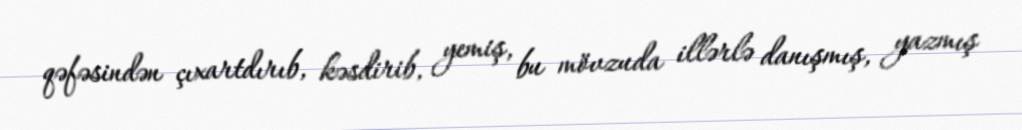
qəfəsindən çıxartdırıb, kəsdirib, yemiş, bu mövzuda illərlə danışmış, yazmış